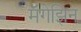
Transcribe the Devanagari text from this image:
मॅगेझिन